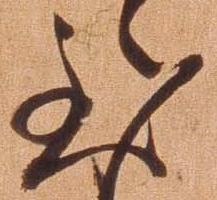
至